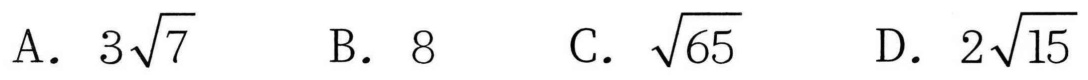
A. \(3\sqrt{7}\)  B. \(8\)  C. \(\sqrt{65}\)  D. \(2\sqrt{15}\)